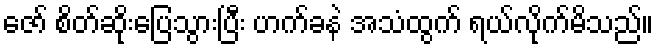
ဇော် စိတ်ဆိုးပြေသွားပြီး ဟက်ခနဲ အသံထွက် ရယ်လိုက်မိသည်။